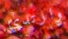
وارتدي